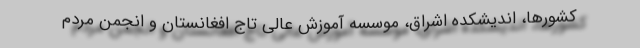
کشورها، اندیشکده اشراق، موسسه آموزش عالی تاج افغانستان و انجمن مردم